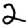
Digit: 2